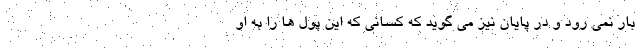
بار نمی رود و در پایان نیز می گوید که کسانی که این پول ها را به او